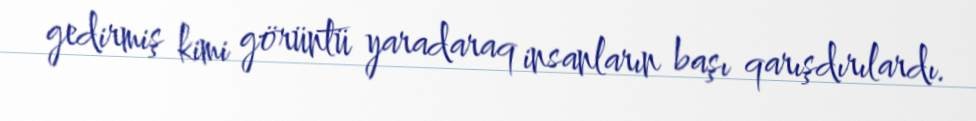
gedirmiş kimi görüntü yaradaraq insanların başı qarışdırılardı.